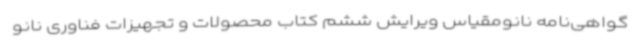
گواهی‌نامه نانومقیاس ویرایش ششم کتاب محصولات و تجهیزات فناوری نانو